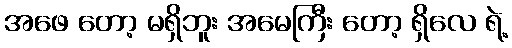
အဖေ တော့ မရှိဘူး အမေကြီး တော့ ရှိလေ ရဲ့